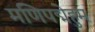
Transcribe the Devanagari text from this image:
मणिपद्मेहुम